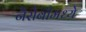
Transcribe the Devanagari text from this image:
नैरोबीमध्ये